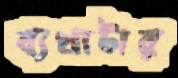
ব্যথাটার